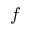
f